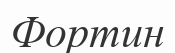
Фортин